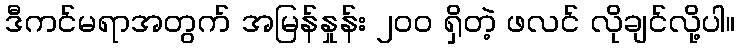
ဒီကင်မရာအတွက် အမြန်နှုန်း ၂၀၀ ရှိတဲ့ ဖလင် လိုချင်လို့ပါ။